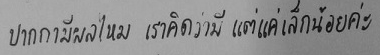
ปากกามีผลไหมเราคิดว่ามีแต่แค่เล็กน้อยค่ะ